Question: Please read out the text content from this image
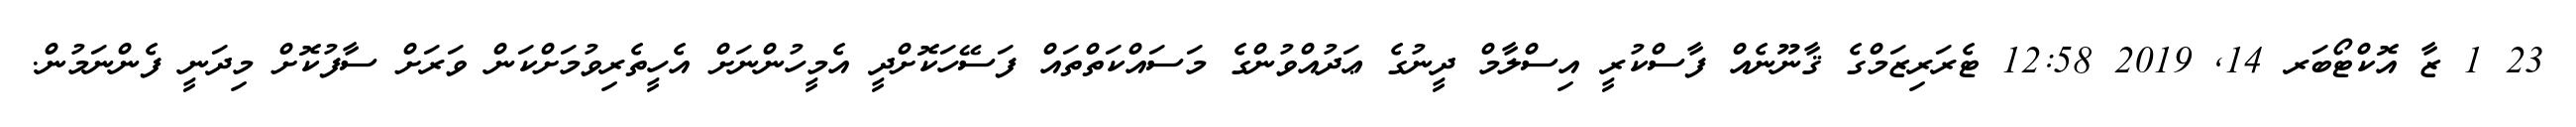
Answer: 23 1 ޒާ އޮކްޓޯބަރ 14, 2019 12:58 ޓެރަރިޒަމްގެ ޤާނޫނެއް ފާސްކުރީ އިސްލާމް ދީނުގެ ޢަދުއްވުންގެ މަސައްކަތްތައް ފަސޭހަކޮށްދީ އެމީހުންނަށް އެހީތެރިވުމަށްކަން ވަރަށް ސާފުކޮށް މިދަނީ ފެންނަމުން.